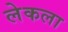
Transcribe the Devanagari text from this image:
लेकला